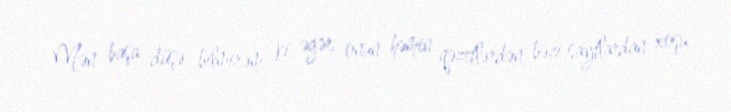
Mən başa düşə bilmirəm ki, əgər onun həmin qəzetlərdən, bəzi saytlardan xoşu